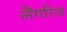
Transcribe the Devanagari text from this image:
लैंगरिज